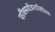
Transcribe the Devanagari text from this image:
फौंक्स्योंजनालितिक